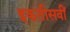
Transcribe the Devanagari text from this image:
इकतीसवीं